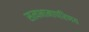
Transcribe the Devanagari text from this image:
सत्यभामापरिणय